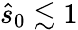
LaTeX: \hat{s}_{0}\lesssim 1